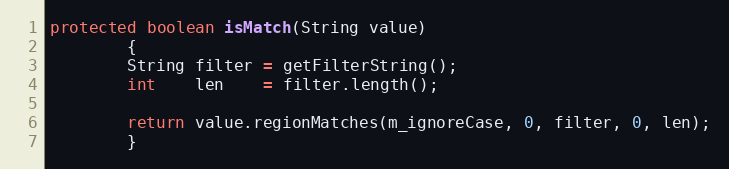
Language: Java
protected boolean isMatch(String value)
        {
        String filter = getFilterString();
        int    len    = filter.length();

        return value.regionMatches(m_ignoreCase, 0, filter, 0, len);
        }